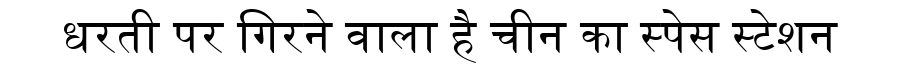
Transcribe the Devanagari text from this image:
धरती पर गिरने वाला है चीन का स्पेस स्टेशन